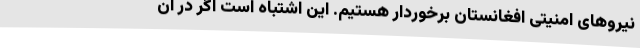
نیروهای امنیتی افغانستان برخوردار هستیم. این اشتباه است اگر در آن